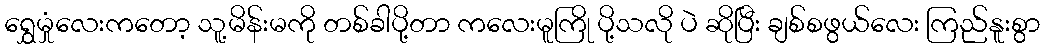
ရွှေမှုံလေးကတော့ သူ့မိန်းမကို တစ်ခါပို့တာ ကလေးမူကြို ပို့သလို ပဲ ဆိုပြီး ချစ်စဖွယ်လေး ကြည်နူးစွာ